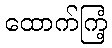
ထောက်ကြံ့